system: You are a helpful assistant.
user:
Analyze the provided spectrum to determine if it is a **S-type Star**.

- **Key Indicators for S-type Star:**

    - **(Overall Spectrum Shape):** The first and most obvious characteristic is the overall continuum (the "baseline" shape). It is **extremely "red-sloping,"** meaning the flux (light intensity) is very low on the left side (blue, ~4000-4500 Å) and rises steeply and continuously toward the right side (red, ~7000 Å+).

    - **(Primary):** The spectrum is defined by the presence of strong, broad molecular absorption "valleys" (bands) from **Zirconium Oxide (ZrO)**. The identification of these bands is the **primary requirement** for classifying a star as S-type.
        - **(Key Bandheads):** You must find distinct, deep "dips" where the light has been absorbed. The most critical band systems to locate are:
            - **~6474 Å** ($\gamma$-system): This is often the strongest and clearest ZrO feature, found in the red part of the spectrum.
            - **~5718 Å** & **~5551 Å** ($\beta$-system): A pair of prominent absorption features in the yellow-orange part of the spectrum.
            - **~4640 Å** ($\alpha$-system): A key absorption band system in the blue-green region of the spectrum.

    - **(Secondary Confirmation):** The classification is strengthened by finding additional absorption bands from other related heavy element oxides, which are expected to be present alongside ZrO.
        - **(Key Bandheads):**
            - **Yttrium Oxide (YO):** Look for absorption dips near **~4800 Å** and **~6100 Å**.
            - **Lanthanum Oxide (LaO):** Additional absorption features, particularly in the red-orange part of the spectrum, are also characteristic.

    - **(Line Profile):** The combination of the steep red continuum and these numerous, deep molecular bands (ZrO, YO, etc.) gives the entire spectrum a very **"chopped-up"** or **"bumpy"** appearance. Instead of a smooth curve, the spectrum looks as though large, wide chunks of light have been "carved out" of it at the specific wavelengths listed above.

Think first, call **spectral_visualization_tool** if needed to examine features in detail, then provide your final answer. Your response must adhere to the following strict rules:
1.  **Overall Structure:** Your response must follow the format `<think>...</think> <tool_call>...</tool_call> (if a tool is used) <answer>...</answer>`.
2.  **Tool Usage Constraint:** You may only make **one** tool call per turn.
3.  **Final Answer Format:** In the `<answer>` tag, your conclusion must be inside a `\boxed{}` command (e.g., `\boxed{YES}` or `\boxed{NO}`), followed by your justification.

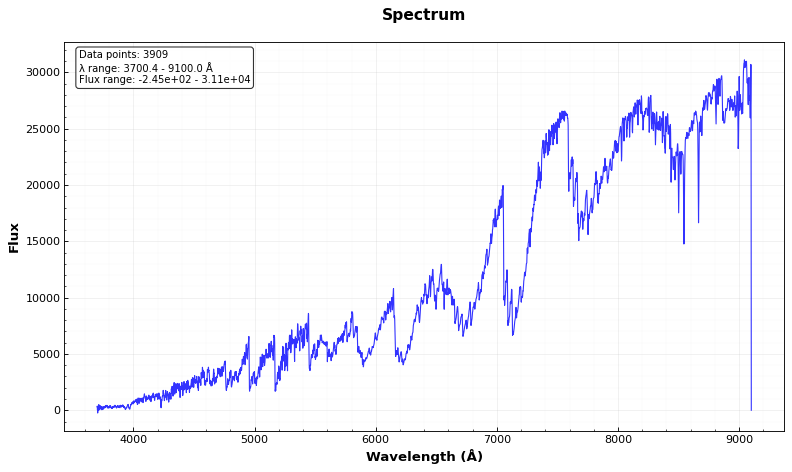
Answer: YES